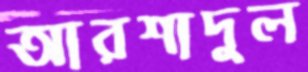
আরশাদুল